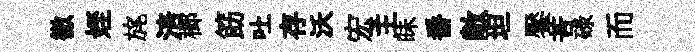
徹姪旄涪榔筯吐存沃宏主昧番敞坦饜苦碌而